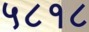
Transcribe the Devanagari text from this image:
५८१८